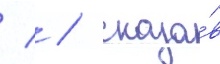
  / сказа́в